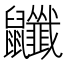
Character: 𪖎